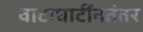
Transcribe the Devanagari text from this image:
वाटाघाटींनतंतर